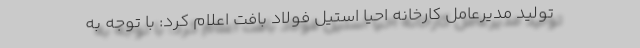
تولید مدیرعامل کارخانه احیا استیل فولاد بافت اعلام کرد: با توجه به